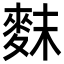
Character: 䴲